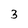
Character: 3